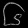
Digit: ၆